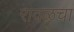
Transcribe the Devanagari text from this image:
रावळचा